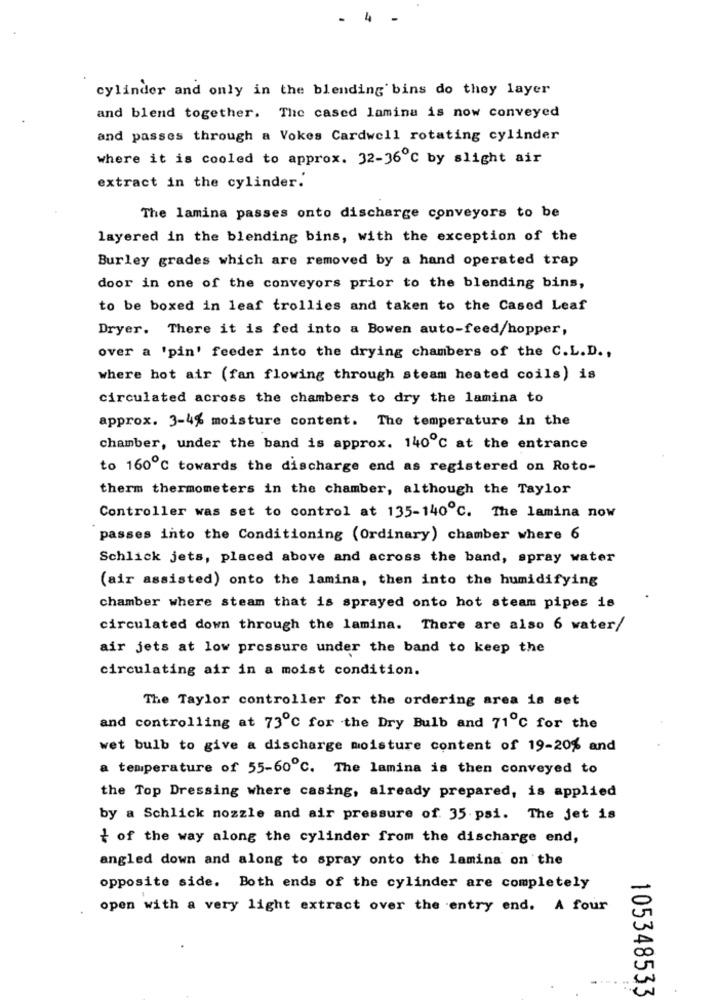
4
cylinder and only in the blending bins do they layer
and blend together. The cased lamina is now conveyed
and passes through a Vokes Cardwell rotating cylinder
where it is cooled to approx. 32-36 ℃ by slight air
extract in the cylinder.
The lamina passes onto discharge conveyors to be
layered in the blending bins, with the exception of the
Burley grades which are removed by a hand operated trap
door in one of the conveyors prior to the blending bins,
to be boxed in leaf trollies and taken to the Cased Leaf
Dryer. There it is fed into a Bowen auto-feed/hopper,
over a 'pin' feeder into the drying chambers of the C.L.D .,
where hot air (fan flowing through steam heated coils) is
circulated across the chambers to dry the lamina to
approx. 3-4% moisture content. The temperature in the
chamber, under the band is approx. 140℃ at the entrance
to 160℃ towards the discharge end as registered on Roto-
therm thermometers in the chamber, although the Taylor
Controller was set to control at 135-140℃. The lamina now
passes into the Conditioning (Ordinary) chamber where 6
Schlick jets, placed above and across the band, spray water
(air assisted) onto the lamina, then into the humidifying
chamber where steam that is sprayed onto hot steam pipes is
circulated down through the lamina. There are also 6 water/
air jets at low pressure under the band to keep the
circulating air in a moist condition.
The Taylor controller for the ordering area is set
and controlling at 73℃ for the Dry Bulb and 71℃ for the
wet bulb to give a discharge moisture content of 19-20% and
a temperature of 55-60℃. The lamina is then conveyed to
the Top Dressing where casing, already prepared, is applied
by a Schlick nozzle and air pressure of. 35.psi. The jet is
{ of the way along the cylinder from the discharge end,
angled down and along to spray onto the lamina on the
opposite side. Both ends of the cylinder are completely
open with a very light extract over the entry end. A four
105348533
.